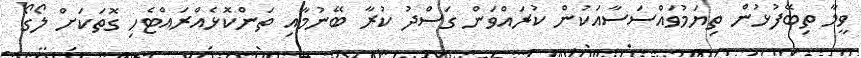
ވީމާ ތިބޭފުޅުން ތިޔަމުވައްސަސާއަކުން ކުރައްވަން ގަސްދު ކުރާ ބޭނުމާއި ތަންކޮޅެއްރައްޓެހި ގޮތަކަށް ލޯގޯ